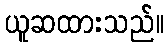
ယူဆထားသည်။